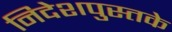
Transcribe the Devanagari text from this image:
निदेशपुस्तके